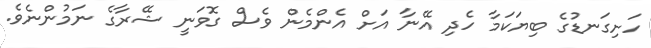
ހަށިގަނޑުގެ ބިޔަކަމާ ހެދި އޭނާ އަށް އެންމެން ވެސް ގޮވަނީ ޝޭރާގެ ނަމުންނެވެ.